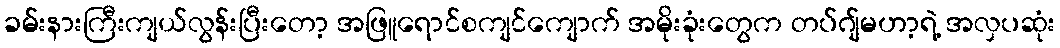
ခမ်းနားကြီးကျယ်လွန်းပြီးတော့ အဖြူရောင်စကျင်ကျောက် အမိုးခုံးတွေက တပ်ဂျ်မဟာ့ရဲ့ အလှပဆုံး